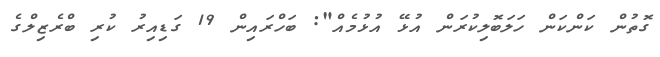
ގޮތުން ކަންކަން ހަލަބޮލިކުރަން އުޅޭ އުޅުމެއް": ބަހްރައިން 19 ގަޑިއިރު ކުރި ބްރެޒިލްގެ